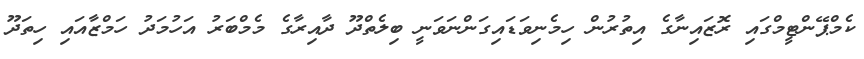
ކެމްޕޭންޓީމްގައި ރޮޒައިނާގެ އިތުރުން ހިމެނިވަޑައިގަންނަވަނީ ބިލެތްދޫ ދާއިރާގެ މެމްބަރު އަހުމަދު ހަމްޒާއައި ހިތަދޫ